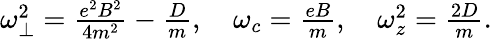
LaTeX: \begin{array}{r}{\omega_{\perp}^{2}=\frac{e^{2}B^{2}}{4m^{2}}-\frac{D}{m},\quad\omega_{c}=\frac{eB}{m},\quad\omega_{z}^{2}=\frac{2D}{m}.}\end{array}